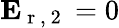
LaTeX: \mathbf{E}_{\mathrm{~r~,~2~}}=0